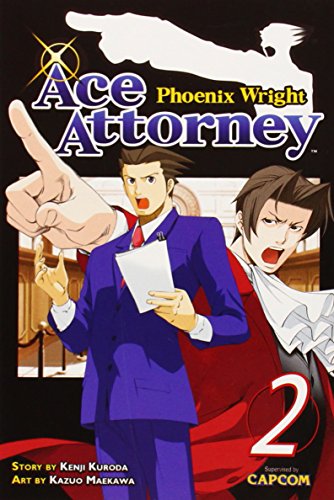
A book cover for Phoenix Wright: Ace Attorney 2; Kenji Kuroda; Comics & Graphic Novels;